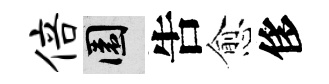
倍園吿愈侈